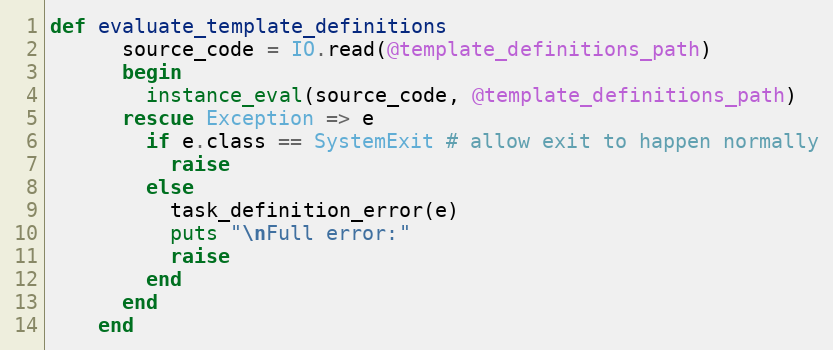
Language: Ruby
def evaluate_template_definitions
      source_code = IO.read(@template_definitions_path)
      begin
        instance_eval(source_code, @template_definitions_path)
      rescue Exception => e
        if e.class == SystemExit # allow exit to happen normally
          raise
        else
          task_definition_error(e)
          puts "\nFull error:"
          raise
        end
      end
    end